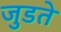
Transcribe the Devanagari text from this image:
जुडते